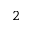
_ 2